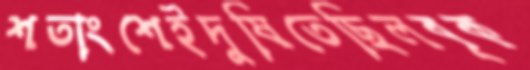
শতাংশেইদুষিতেছিলবৃক